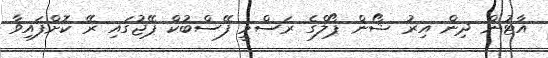
އާޓުން ދިން އިރު ޝޯން ޕޯލްގެ ރަސްމީ ފޭސްބުކް ޕޭޖުގައި ރޭ ކޮށްފައިވާ